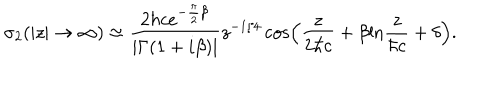
LaTeX: { \sigma } _ { 2 } ( | z | \to \infty ) \approx \frac { 2 { \hbar } c e ^ { - \frac { \pi } { 2 } { \beta } } } { | { \Gamma } ( 1 + i { \beta } ) | } z ^ { - 1 / 4 } \cos \left( \frac { z } { 2 { \hbar } c } + \beta \mathrm { l n } \frac { z } { { \hbar } c } + \delta \right) .